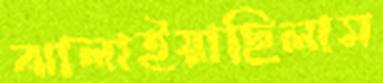
ঝালাইয়াছিলাম